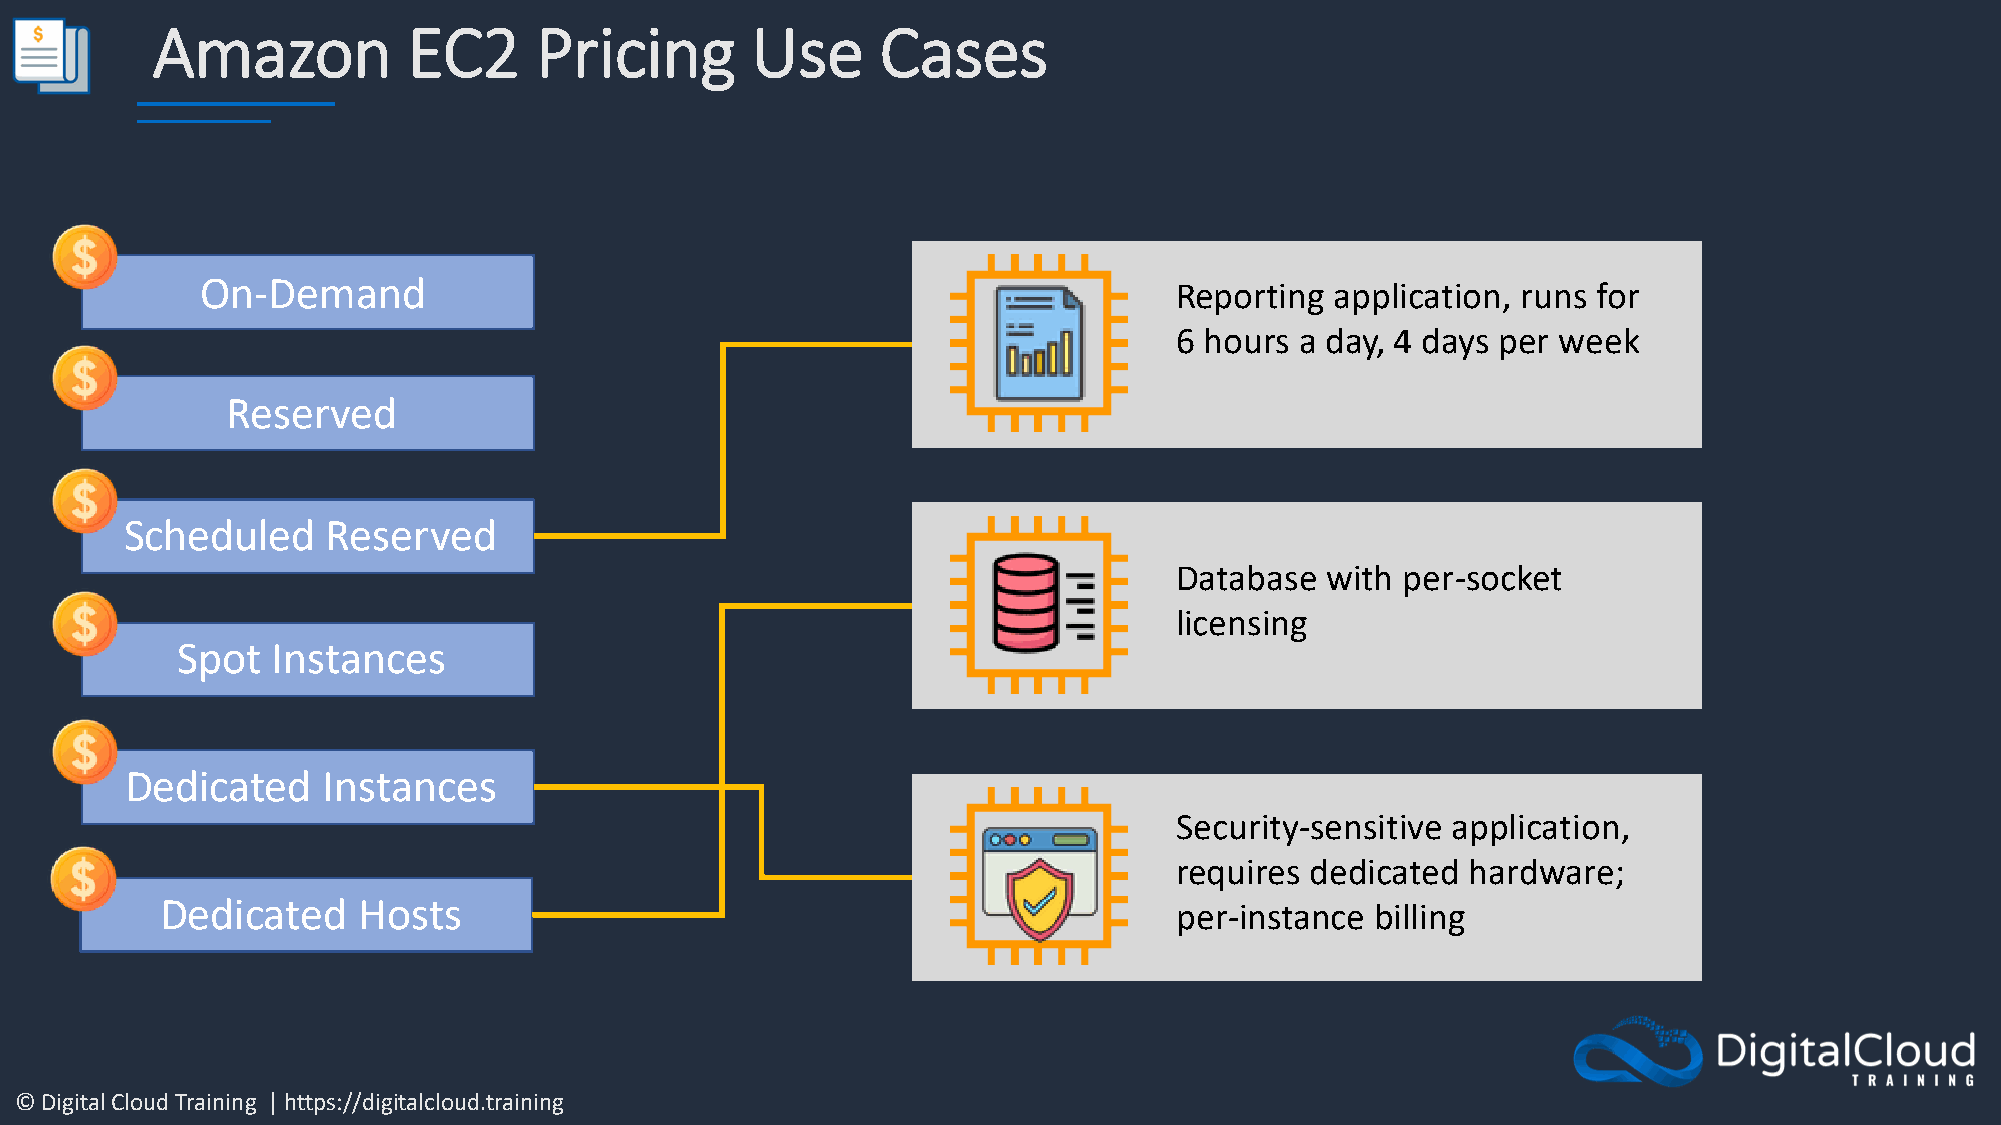
Amazon           EC2     Pricing        Use     Cases
 On-Demand
 Reporting application, runs for
 6 hours a day, 4 days per week
 Reserved
 Scheduled     Reserved
 Database  with per-socket
 licensing
 Spot  Instances
 Dedicated    Instances
 Security-sensitive application,
 requires dedicated hardware;
 Dedicated    Hosts
 per-instance billing
 © Digital Cloud Training | https://digitalcloud.training